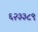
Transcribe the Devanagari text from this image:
६२३३८९